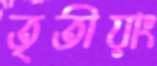
তৃতীয়াং